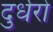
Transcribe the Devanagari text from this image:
दुर्धरो